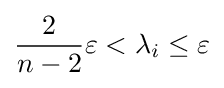
{\frac {2}{n-2}}\varepsilon <\lambda _{i}\leq \varepsilon